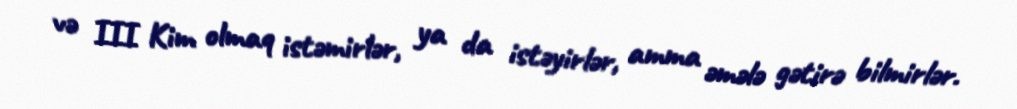
və III Kim olmaq istəmirlər, ya da istəyirlər, amma əmələ gətirə bilmirlər.